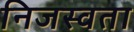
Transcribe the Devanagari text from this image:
निजस्वता